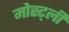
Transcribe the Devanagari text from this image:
मोस्ट्ली